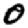
Digit: 0